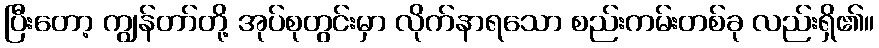
ပြီးတော့ ကျွန်တာ်တို့ အုပ်စုတွင်းမှာ လိုက်နာရသော စည်းကမ်းတစ်ခု လည်းရှိ၏။